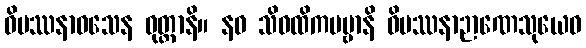
ဝိပဿနာဝသေန ဝုတ္တာနိ။ နဝ သိဝထိကပဗ္ဗာနိ ဝိပဿနာဉာဏေသုယေဝ